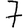
Digit: 7